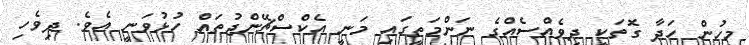
މީހުން ހަދާ ގޮތަކީ ދިވެއްސެއްގެ ނަންމަތީގައި މަނީ އެކްސްޗޭންޖުތައް ހުޅުވަނީ އެވެ. ދިވެހި